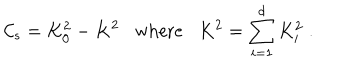
LaTeX: { \cal C } _ { s } = K _ { 0 } ^ { 2 } - K ^ { 2 } \mathrm { w h e r e } K ^ { 2 } = \sum _ { i = 1 } ^ { d } K _ { i } ^ { 2 } \; .